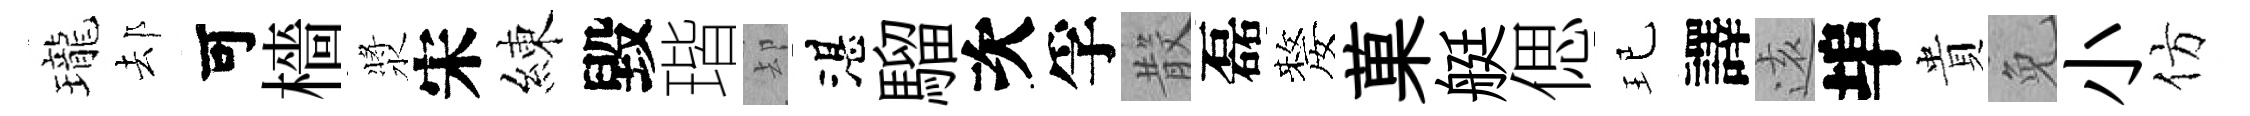
瓏𨚫可檣漿宋練毀瑎却湛騮次孚𣪚磊嫠菓艇偲玘譯逺埠貴免小仿